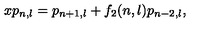
x p _ { n , l } = p _ { n + 1 , l } + f _ { 2 } ( n , l ) p _ { n - 2 , l } ,